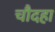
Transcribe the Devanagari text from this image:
चौदहा